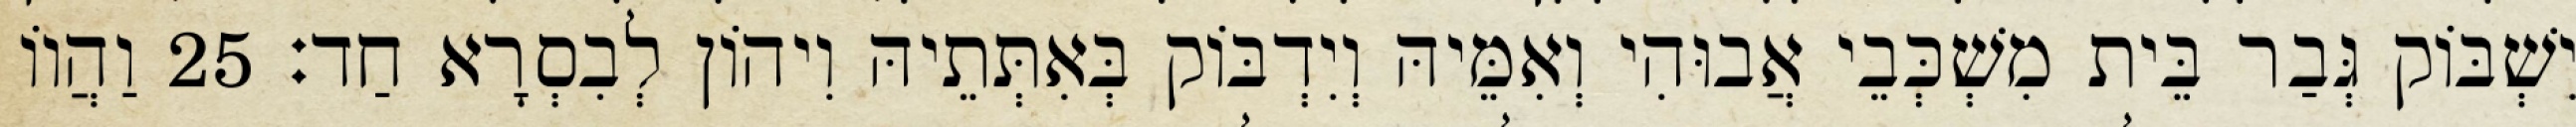
יִשְׁבּוֹק גְּבַר בֵּית מִשְׁכְּבֵי אֲבוּהִי וְאִמֵּיהּ וְיִדְבּוֹק בְּאִתְּתֵיהּ וִיהוֹן לְבִסְרָא חַד׃ 25 וַהֲווֹ